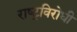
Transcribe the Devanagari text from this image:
राष्‍ट्रविरोधी